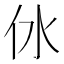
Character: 㲻